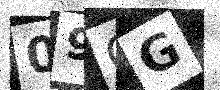
Text: 09GG